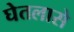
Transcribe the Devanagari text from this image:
घेतलासे